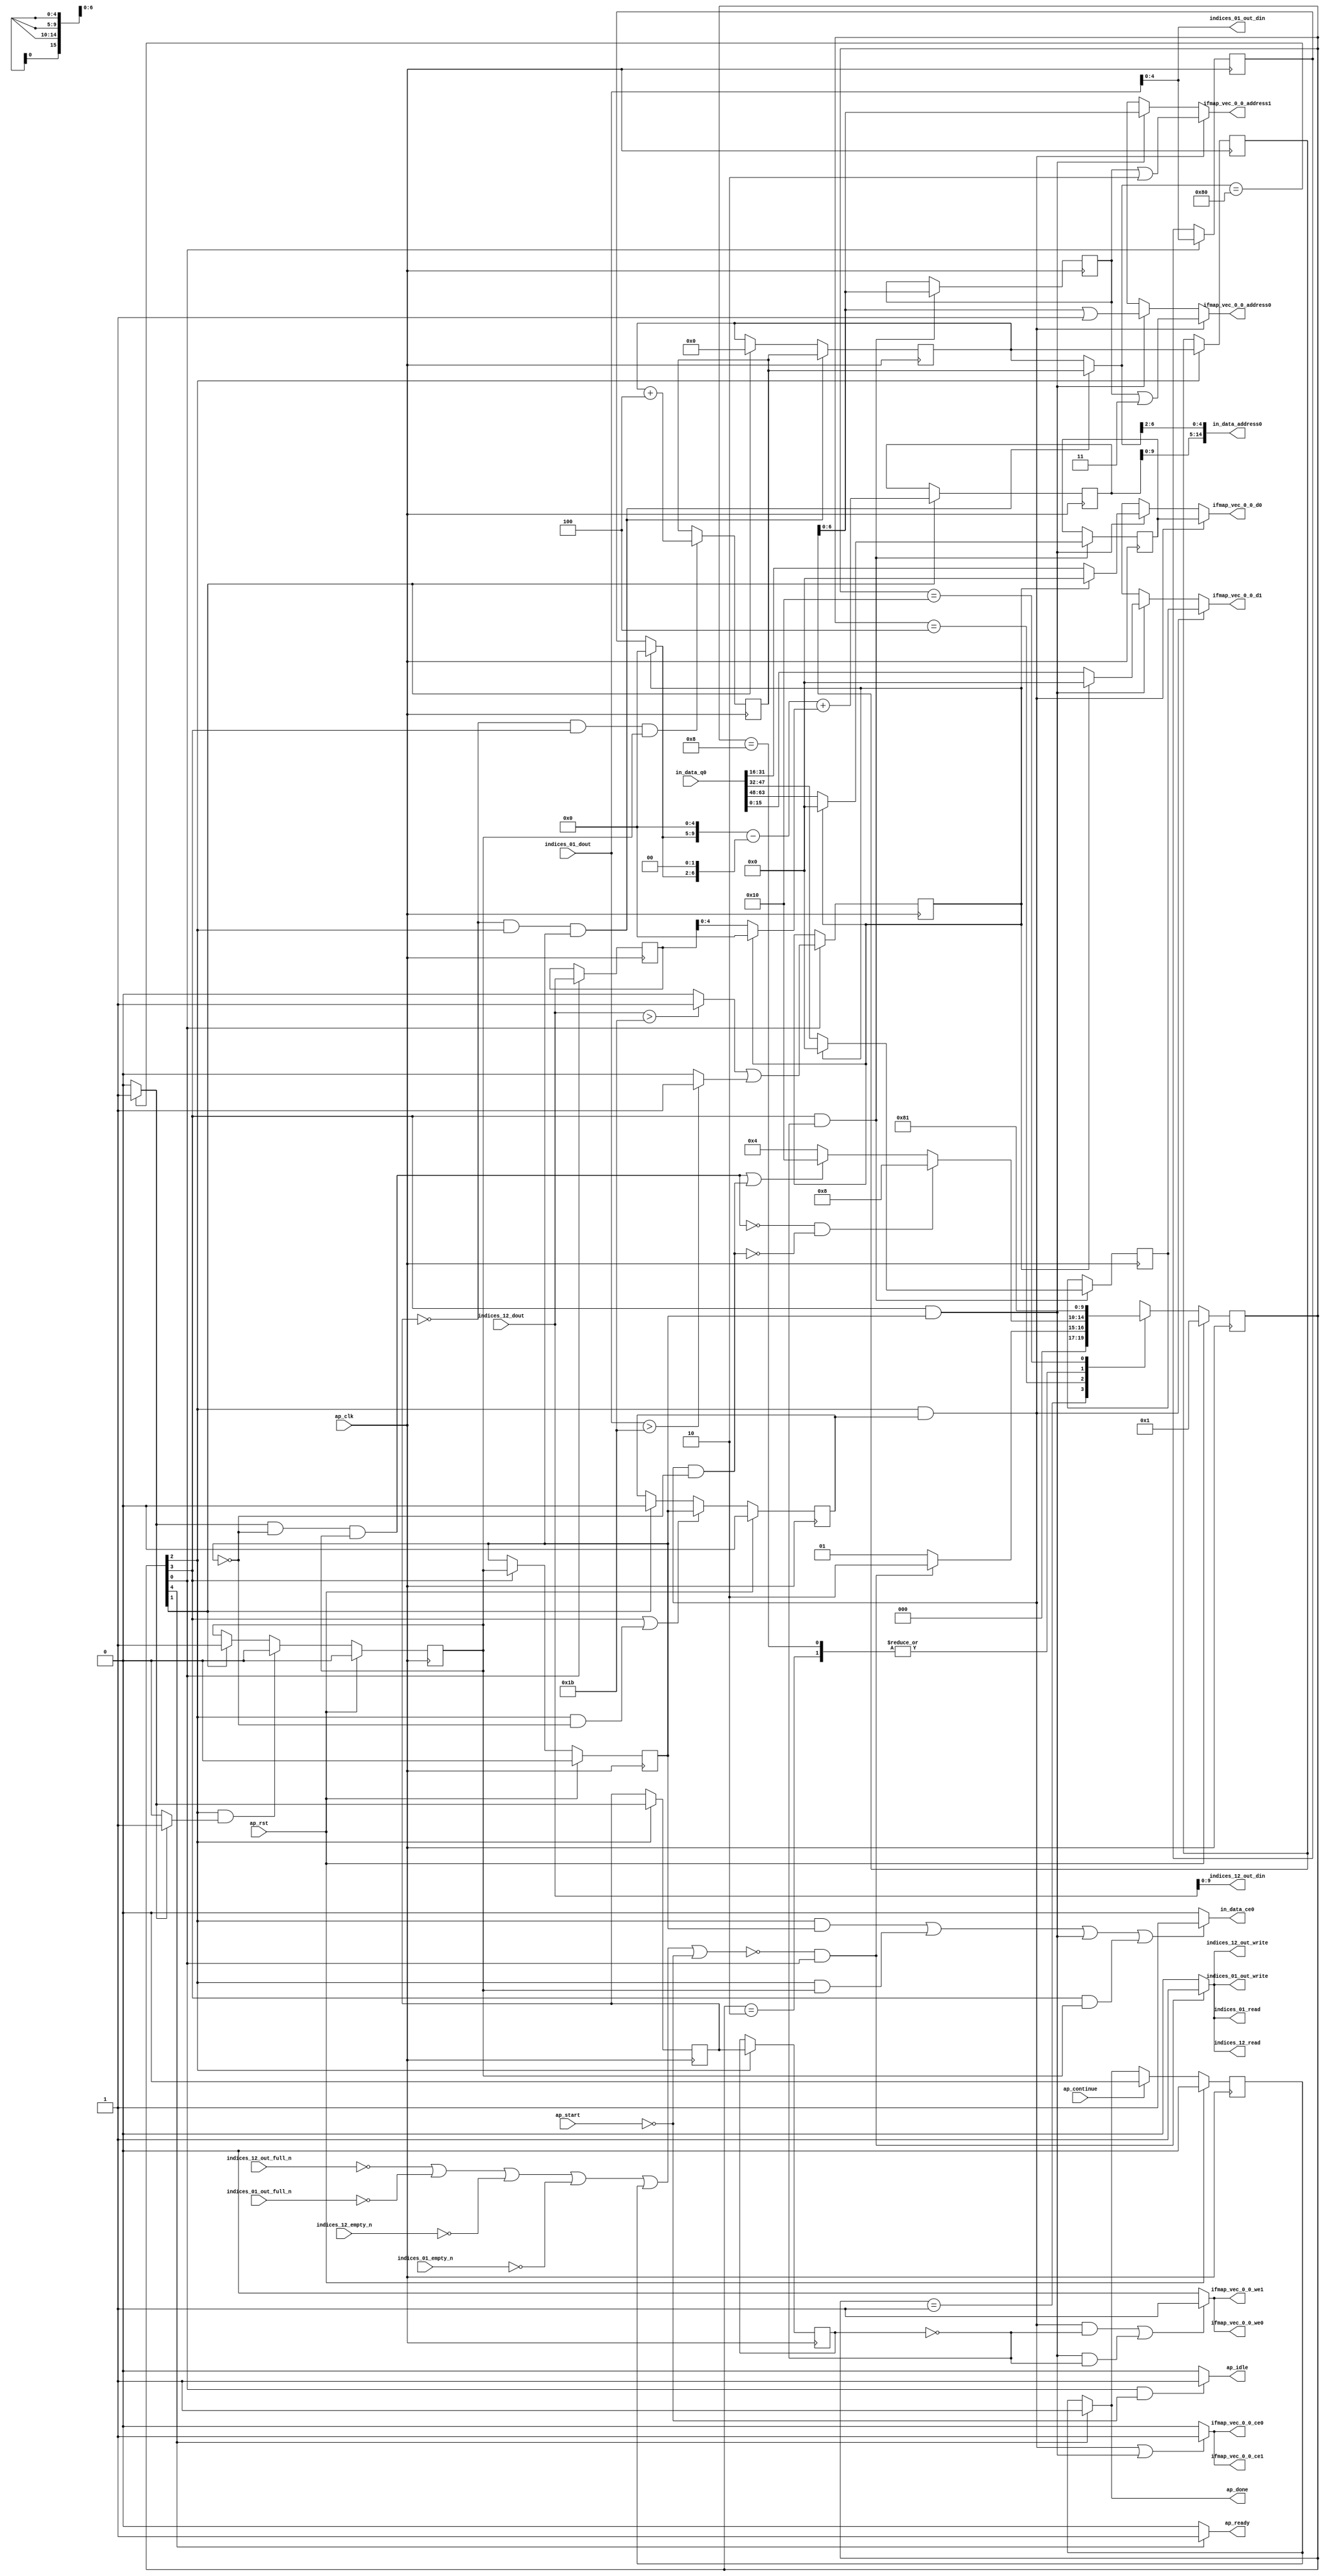
`define EXPONENT 5
`define MANTISSA 10
`define ACTUAL_MANTISSA 11
`define EXPONENT_LSB 10
`define EXPONENT_MSB 14
`define MANTISSA_LSB 0
`define MANTISSA_MSB 9
`define MANTISSA_MUL_SPLIT_LSB 3
`define MANTISSA_MUL_SPLIT_MSB 9
`define SIGN 1
`define SIGN_LOC 15
`define DWIDTH (`SIGN+`EXPONENT+`MANTISSA)
`define IEEE_COMPLIANCE 1

module td_fused_top_tdf6_readInputs (
        ap_clk,
        ap_rst,
        ap_start,
        ap_done,
        ap_continue,
        ap_idle,
        ap_ready,
        in_data_address0,
        in_data_ce0,
        in_data_q0,
        indices_01_dout,
        indices_01_empty_n,
        indices_01_read,
        indices_12_dout,
        indices_12_empty_n,
        indices_12_read,
        ifmap_vec_0_0_address0,
        ifmap_vec_0_0_ce0,
        ifmap_vec_0_0_we0,
        ifmap_vec_0_0_d0,
        ifmap_vec_0_0_address1,
        ifmap_vec_0_0_ce1,
        ifmap_vec_0_0_we1,
        ifmap_vec_0_0_d1,
        indices_01_out_din,
        indices_01_out_full_n,
        indices_01_out_write,
        indices_12_out_din,
        indices_12_out_full_n,
        indices_12_out_write
);

parameter    ap_ST_fsm_state1 = 5'd1;
parameter    ap_ST_fsm_state2 = 5'd2;
parameter    ap_ST_fsm_pp0_stage0 = 5'd4;
parameter    ap_ST_fsm_pp0_stage1 = 5'd8;
parameter    ap_ST_fsm_state8 = 5'd16;

input   ap_clk;
input   ap_rst;
input   ap_start;
output   ap_done;
input   ap_continue;
output   ap_idle;
output   ap_ready;
output  [14:0] in_data_address0;
output   in_data_ce0;
input  [63:0] in_data_q0;
input  [15:0] indices_01_dout;
input   indices_01_empty_n;
output   indices_01_read;
input  [15:0] indices_12_dout;
input   indices_12_empty_n;
output   indices_12_read;
output  [6:0] ifmap_vec_0_0_address0;
output   ifmap_vec_0_0_ce0;
output   ifmap_vec_0_0_we0;
output  [15:0] ifmap_vec_0_0_d0;
output  [6:0] ifmap_vec_0_0_address1;
output   ifmap_vec_0_0_ce1;
output   ifmap_vec_0_0_we1;
output  [15:0] ifmap_vec_0_0_d1;
output  [4:0] indices_01_out_din;
input   indices_01_out_full_n;
output   indices_01_out_write;
output  [9:0] indices_12_out_din;
input   indices_12_out_full_n;
output   indices_12_out_write;

reg ap_done;
reg ap_idle;
reg ap_ready;
reg in_data_ce0;
reg indices_01_read;
reg indices_12_read;
reg[6:0] ifmap_vec_0_0_address0;
reg ifmap_vec_0_0_ce0;
reg ifmap_vec_0_0_we0;
reg[15:0] ifmap_vec_0_0_d0;
reg[6:0] ifmap_vec_0_0_address1;
reg ifmap_vec_0_0_ce1;
reg ifmap_vec_0_0_we1;
reg[15:0] ifmap_vec_0_0_d1;
reg indices_01_out_write;
reg indices_12_out_write;

reg    ap_done_reg;
  reg   [4:0] ap_CS_fsm;
wire    ap_CS_fsm_state1;
reg    indices_01_blk_n;
reg    indices_12_blk_n;
reg    indices_01_out_blk_n;
reg    indices_12_out_blk_n;
reg   [7:0] kk_0_i_i_reg_180;
reg   [7:0] kk_0_i_i_reg_180_pp0_iter1_reg;
wire    ap_CS_fsm_pp0_stage0;
wire    ap_block_state3_pp0_stage0_iter0;
wire    ap_block_state5_pp0_stage0_iter1;
wire    ap_block_state7_pp0_stage0_iter2;
wire    ap_block_pp0_stage0_11001;
wire   [4:0] trunc_ln135_fu_192_p1;
reg   [4:0] trunc_ln135_reg_434;
reg   [15:0] col_coord_reg_439;
wire   [0:0] is_padding_fu_214_p2;
reg   [0:0] is_padding_reg_444;
wire   [11:0] add_ln32_fu_274_p2;
reg   [11:0] add_ln32_reg_454;
wire    ap_CS_fsm_state2;
wire   [0:0] icmp_ln25_fu_280_p2;
reg   [0:0] icmp_ln25_reg_459;
reg   [0:0] icmp_ln25_reg_459_pp0_iter1_reg;
wire   [7:0] add_ln25_fu_308_p2;
reg   [7:0] add_ln25_reg_468;
wire    ap_CS_fsm_pp0_stage1;
reg    ap_enable_reg_pp0_iter0;
wire    ap_block_state4_pp0_stage1_iter0;
wire    ap_block_state6_pp0_stage1_iter1;
wire    ap_block_pp0_stage1_11001;
wire   [6:0] empty_80_fu_314_p1;
reg   [6:0] empty_80_reg_473;
wire   [15:0] select_ln33_11_fu_386_p3;
reg   [15:0] select_ln33_11_reg_479;
wire   [15:0] select_ln33_12_fu_407_p3;
reg   [15:0] select_ln33_12_reg_484;
wire    ap_block_pp0_stage0_subdone;
reg    ap_condition_pp0_exit_iter0_state3;
reg    ap_enable_reg_pp0_iter1;
wire    ap_block_pp0_stage1_subdone;
reg    ap_enable_reg_pp0_iter2;
reg   [7:0] ap_phi_mux_kk_0_i_i_phi_fu_184_p4;
wire    ap_block_pp0_stage0;
wire   [63:0] sext_ln32_fu_303_p1;
wire   [63:0] zext_ln32_fu_318_p1;
wire    ap_block_pp0_stage1;
wire   [63:0] zext_ln32_10_fu_345_p1;
wire   [63:0] zext_ln32_11_fu_419_p1;
wire   [63:0] zext_ln32_12_fu_429_p1;
reg    ap_block_state1;
wire   [15:0] select_ln33_fu_331_p3;
wire   [15:0] select_ln33_10_fu_364_p3;
wire   [0:0] cmp7_i_i_fu_202_p2;
wire   [0:0] icmp_ln24_fu_208_p2;
wire   [4:0] empty_78_fu_220_p1;
wire   [4:0] row_coord_int_fu_223_p3;
wire   [9:0] tmp_fu_236_p3;
wire   [6:0] tmp_s_fu_248_p3;
wire   [10:0] zext_ln32_13_fu_244_p1;
wire   [10:0] zext_ln32_14_fu_256_p1;
wire   [10:0] sub_ln32_fu_260_p2;
wire   [4:0] col_coord_int_fu_229_p3;
wire   [11:0] sub_ln32_cast_fu_266_p1;
wire   [11:0] zext_ln32_15_fu_270_p1;
wire   [4:0] lshr_ln_fu_286_p4;
wire   [16:0] tmp_18_fu_296_p3;
wire   [15:0] trunc_ln32_fu_323_p1;
wire   [15:0] bitcast_ln32_fu_327_p1;
wire   [6:0] or_ln25_fu_339_p2;
wire   [15:0] tmp_31_i_i_fu_350_p4;
wire   [15:0] bitcast_ln32_10_fu_360_p1;
wire   [15:0] tmp_32_i_i_fu_372_p4;
wire   [15:0] bitcast_ln32_11_fu_382_p1;
wire   [15:0] tmp_33_i_i_fu_393_p4;
wire   [15:0] bitcast_ln32_12_fu_403_p1;
wire   [6:0] or_ln25_7_fu_414_p2;
wire   [6:0] or_ln25_8_fu_424_p2;
wire    ap_CS_fsm_state8;
reg   [4:0] ap_NS_fsm;
reg    ap_idle_pp0;
wire    ap_enable_pp0;
wire    ap_ce_reg;

// power-on initialization
initial begin
#0 ap_done_reg = 1'b0;
#0 ap_CS_fsm = 5'd1;
#0 ap_enable_reg_pp0_iter0 = 1'b0;
#0 ap_enable_reg_pp0_iter1 = 1'b0;
#0 ap_enable_reg_pp0_iter2 = 1'b0;
end

always @ (posedge ap_clk) begin
    if (ap_rst == 1'b1) begin
        ap_CS_fsm <= ap_ST_fsm_state1;
    end else begin
        ap_CS_fsm <= ap_NS_fsm;
    end
end

always @ (posedge ap_clk) begin
    if (ap_rst == 1'b1) begin
        ap_done_reg <= 1'b0;
    end else begin
        if ((ap_continue == 1'b1)) begin
            ap_done_reg <= 1'b0;
        end else if ((1'b1 == ap_CS_fsm_state8)) begin
            ap_done_reg <= 1'b1;
        end
    end
end

always @ (posedge ap_clk) begin
    if (ap_rst == 1'b1) begin
        ap_enable_reg_pp0_iter0 <= 1'b0;
    end else begin
        if (((1'b0 == ap_block_pp0_stage0_subdone) & (1'b1 == ap_CS_fsm_pp0_stage0) & (1'b1 == ap_condition_pp0_exit_iter0_state3))) begin
            ap_enable_reg_pp0_iter0 <= 1'b0;
        end else if ((1'b1 == ap_CS_fsm_state2)) begin
            ap_enable_reg_pp0_iter0 <= 1'b1;
        end
    end
end

always @ (posedge ap_clk) begin
    if (ap_rst == 1'b1) begin
        ap_enable_reg_pp0_iter1 <= 1'b0;
    end else begin
        if (((1'b0 == ap_block_pp0_stage1_subdone) & (1'b1 == ap_CS_fsm_pp0_stage1))) begin
            ap_enable_reg_pp0_iter1 <= ap_enable_reg_pp0_iter0;
        end
    end
end

always @ (posedge ap_clk) begin
    if (ap_rst == 1'b1) begin
        ap_enable_reg_pp0_iter2 <= 1'b0;
    end else begin
        if ((((1'b0 == ap_block_pp0_stage1_subdone) & (1'b1 == ap_CS_fsm_pp0_stage1)) | ((1'b0 == ap_block_pp0_stage0_subdone) & (1'b1 == ap_CS_fsm_pp0_stage0) & (ap_enable_reg_pp0_iter1 == 1'b0)))) begin
            ap_enable_reg_pp0_iter2 <= ap_enable_reg_pp0_iter1;
        end else if ((1'b1 == ap_CS_fsm_state2)) begin
            ap_enable_reg_pp0_iter2 <= 1'b0;
        end
    end
end

always @ (posedge ap_clk) begin
    if (((icmp_ln25_reg_459 == 1'd0) & (1'b0 == ap_block_pp0_stage0_11001) & (1'b1 == ap_CS_fsm_pp0_stage0) & (ap_enable_reg_pp0_iter1 == 1'b1))) begin
        kk_0_i_i_reg_180 <= add_ln25_reg_468;
    end else if ((1'b1 == ap_CS_fsm_state2)) begin
        kk_0_i_i_reg_180 <= 8'd0;
    end
end

always @ (posedge ap_clk) begin
    if (((icmp_ln25_reg_459 == 1'd0) & (1'b0 == ap_block_pp0_stage1_11001) & (1'b1 == ap_CS_fsm_pp0_stage1) & (ap_enable_reg_pp0_iter0 == 1'b1))) begin
        add_ln25_reg_468 <= add_ln25_fu_308_p2;
    end
end

always @ (posedge ap_clk) begin
    if ((1'b1 == ap_CS_fsm_state2)) begin
        add_ln32_reg_454 <= add_ln32_fu_274_p2;
    end
end

always @ (posedge ap_clk) begin
    if ((1'b1 == ap_CS_fsm_state1)) begin
        col_coord_reg_439 <= indices_12_dout;
        is_padding_reg_444 <= is_padding_fu_214_p2;
        trunc_ln135_reg_434 <= trunc_ln135_fu_192_p1;
    end
end

always @ (posedge ap_clk) begin
    if (((1'b0 == ap_block_pp0_stage1_11001) & (1'b1 == ap_CS_fsm_pp0_stage1) & (icmp_ln25_reg_459_pp0_iter1_reg == 1'd0))) begin
        empty_80_reg_473 <= empty_80_fu_314_p1;
        select_ln33_11_reg_479 <= select_ln33_11_fu_386_p3;
        select_ln33_12_reg_484 <= select_ln33_12_fu_407_p3;
    end
end

always @ (posedge ap_clk) begin
    if (((1'b0 == ap_block_pp0_stage0_11001) & (1'b1 == ap_CS_fsm_pp0_stage0))) begin
        icmp_ln25_reg_459 <= icmp_ln25_fu_280_p2;
        icmp_ln25_reg_459_pp0_iter1_reg <= icmp_ln25_reg_459;
        kk_0_i_i_reg_180_pp0_iter1_reg <= kk_0_i_i_reg_180;
    end
end

always @ (*) begin
    if ((icmp_ln25_fu_280_p2 == 1'd1)) begin
        ap_condition_pp0_exit_iter0_state3 = 1'b1;
    end else begin
        ap_condition_pp0_exit_iter0_state3 = 1'b0;
    end
end

always @ (*) begin
    if ((1'b1 == ap_CS_fsm_state8)) begin
        ap_done = 1'b1;
    end else begin
        ap_done = ap_done_reg;
    end
end

always @ (*) begin
    if (((1'b1 == ap_CS_fsm_state1) & (ap_start == 1'b0))) begin
        ap_idle = 1'b1;
    end else begin
        ap_idle = 1'b0;
    end
end

always @ (*) begin
    if (((ap_enable_reg_pp0_iter2 == 1'b0) & (ap_enable_reg_pp0_iter1 == 1'b0) & (ap_enable_reg_pp0_iter0 == 1'b0))) begin
        ap_idle_pp0 = 1'b1;
    end else begin
        ap_idle_pp0 = 1'b0;
    end
end

always @ (*) begin
    if (((icmp_ln25_reg_459 == 1'd0) & (1'b0 == ap_block_pp0_stage0) & (1'b1 == ap_CS_fsm_pp0_stage0) & (ap_enable_reg_pp0_iter1 == 1'b1))) begin
        ap_phi_mux_kk_0_i_i_phi_fu_184_p4 = add_ln25_reg_468;
    end else begin
        ap_phi_mux_kk_0_i_i_phi_fu_184_p4 = kk_0_i_i_reg_180;
    end
end

always @ (*) begin
    if ((1'b1 == ap_CS_fsm_state8)) begin
        ap_ready = 1'b1;
    end else begin
        ap_ready = 1'b0;
    end
end

always @ (*) begin
    if (((1'b0 == ap_block_pp0_stage0) & (1'b1 == ap_CS_fsm_pp0_stage0) & (ap_enable_reg_pp0_iter2 == 1'b1))) begin
        ifmap_vec_0_0_address0 = zext_ln32_12_fu_429_p1;
    end else if (((1'b0 == ap_block_pp0_stage1) & (1'b1 == ap_CS_fsm_pp0_stage1) & (ap_enable_reg_pp0_iter1 == 1'b1))) begin
        ifmap_vec_0_0_address0 = zext_ln32_10_fu_345_p1;
    end else begin
        ifmap_vec_0_0_address0 = 'bx;
    end
end

always @ (*) begin
    if (((1'b0 == ap_block_pp0_stage0) & (1'b1 == ap_CS_fsm_pp0_stage0) & (ap_enable_reg_pp0_iter2 == 1'b1))) begin
        ifmap_vec_0_0_address1 = zext_ln32_11_fu_419_p1;
    end else if (((1'b0 == ap_block_pp0_stage1) & (1'b1 == ap_CS_fsm_pp0_stage1) & (ap_enable_reg_pp0_iter1 == 1'b1))) begin
        ifmap_vec_0_0_address1 = zext_ln32_fu_318_p1;
    end else begin
        ifmap_vec_0_0_address1 = 'bx;
    end
end

always @ (*) begin
    if ((((1'b0 == ap_block_pp0_stage0_11001) & (1'b1 == ap_CS_fsm_pp0_stage0) & (ap_enable_reg_pp0_iter2 == 1'b1)) | ((1'b0 == ap_block_pp0_stage1_11001) & (1'b1 == ap_CS_fsm_pp0_stage1) & (ap_enable_reg_pp0_iter1 == 1'b1)))) begin
        ifmap_vec_0_0_ce0 = 1'b1;
    end else begin
        ifmap_vec_0_0_ce0 = 1'b0;
    end
end

always @ (*) begin
    if ((((1'b0 == ap_block_pp0_stage0_11001) & (1'b1 == ap_CS_fsm_pp0_stage0) & (ap_enable_reg_pp0_iter2 == 1'b1)) | ((1'b0 == ap_block_pp0_stage1_11001) & (1'b1 == ap_CS_fsm_pp0_stage1) & (ap_enable_reg_pp0_iter1 == 1'b1)))) begin
        ifmap_vec_0_0_ce1 = 1'b1;
    end else begin
        ifmap_vec_0_0_ce1 = 1'b0;
    end
end

always @ (*) begin
    if (((1'b0 == ap_block_pp0_stage0) & (1'b1 == ap_CS_fsm_pp0_stage0) & (ap_enable_reg_pp0_iter2 == 1'b1))) begin
        ifmap_vec_0_0_d0 = select_ln33_12_reg_484;
    end else if (((1'b0 == ap_block_pp0_stage1) & (1'b1 == ap_CS_fsm_pp0_stage1) & (ap_enable_reg_pp0_iter1 == 1'b1))) begin
        ifmap_vec_0_0_d0 = select_ln33_10_fu_364_p3;
    end else begin
        ifmap_vec_0_0_d0 = 'bx;
    end
end

always @ (*) begin
    if (((1'b0 == ap_block_pp0_stage0) & (1'b1 == ap_CS_fsm_pp0_stage0) & (ap_enable_reg_pp0_iter2 == 1'b1))) begin
        ifmap_vec_0_0_d1 = select_ln33_11_reg_479;
    end else if (((1'b0 == ap_block_pp0_stage1) & (1'b1 == ap_CS_fsm_pp0_stage1) & (ap_enable_reg_pp0_iter1 == 1'b1))) begin
        ifmap_vec_0_0_d1 = select_ln33_fu_331_p3;
    end else begin
        ifmap_vec_0_0_d1 = 'bx;
    end
end

always @ (*) begin
    if ((((1'b0 == ap_block_pp0_stage0_11001) & (1'b1 == ap_CS_fsm_pp0_stage0) & (ap_enable_reg_pp0_iter2 == 1'b1) & (icmp_ln25_reg_459_pp0_iter1_reg == 1'd0)) | ((1'b0 == ap_block_pp0_stage1_11001) & (1'b1 == ap_CS_fsm_pp0_stage1) & (ap_enable_reg_pp0_iter1 == 1'b1) & (icmp_ln25_reg_459_pp0_iter1_reg == 1'd0)))) begin
        ifmap_vec_0_0_we0 = 1'b1;
    end else begin
        ifmap_vec_0_0_we0 = 1'b0;
    end
end

always @ (*) begin
    if ((((1'b0 == ap_block_pp0_stage0_11001) & (1'b1 == ap_CS_fsm_pp0_stage0) & (ap_enable_reg_pp0_iter2 == 1'b1) & (icmp_ln25_reg_459_pp0_iter1_reg == 1'd0)) | ((1'b0 == ap_block_pp0_stage1_11001) & (1'b1 == ap_CS_fsm_pp0_stage1) & (ap_enable_reg_pp0_iter1 == 1'b1) & (icmp_ln25_reg_459_pp0_iter1_reg == 1'd0)))) begin
        ifmap_vec_0_0_we1 = 1'b1;
    end else begin
        ifmap_vec_0_0_we1 = 1'b0;
    end
end

always @ (*) begin
    if ((((1'b0 == ap_block_pp0_stage0_11001) & (1'b1 == ap_CS_fsm_pp0_stage0) & (ap_enable_reg_pp0_iter1 == 1'b1)) | ((1'b0 == ap_block_pp0_stage0_11001) & (1'b1 == ap_CS_fsm_pp0_stage0) & (ap_enable_reg_pp0_iter0 == 1'b1)) | ((1'b0 == ap_block_pp0_stage1_11001) & (1'b1 == ap_CS_fsm_pp0_stage1) & (ap_enable_reg_pp0_iter1 == 1'b1)) | ((1'b0 == ap_block_pp0_stage1_11001) & (1'b1 == ap_CS_fsm_pp0_stage1) & (ap_enable_reg_pp0_iter0 == 1'b1)))) begin
        in_data_ce0 = 1'b1;
    end else begin
        in_data_ce0 = 1'b0;
    end
end

always @ (*) begin
    if ((~((ap_done_reg == 1'b1) | (ap_start == 1'b0)) & (1'b1 == ap_CS_fsm_state1))) begin
        indices_01_blk_n = indices_01_empty_n;
    end else begin
        indices_01_blk_n = 1'b1;
    end
end

always @ (*) begin
    if ((~((ap_done_reg == 1'b1) | (ap_start == 1'b0)) & (1'b1 == ap_CS_fsm_state1))) begin
        indices_01_out_blk_n = indices_01_out_full_n;
    end else begin
        indices_01_out_blk_n = 1'b1;
    end
end

always @ (*) begin
    if ((~((indices_12_out_full_n == 1'b0) | (indices_01_out_full_n == 1'b0) | (indices_12_empty_n == 1'b0) | (indices_01_empty_n == 1'b0) | (ap_done_reg == 1'b1) | (ap_start == 1'b0)) & (1'b1 == ap_CS_fsm_state1))) begin
        indices_01_out_write = 1'b1;
    end else begin
        indices_01_out_write = 1'b0;
    end
end

always @ (*) begin
    if ((~((indices_12_out_full_n == 1'b0) | (indices_01_out_full_n == 1'b0) | (indices_12_empty_n == 1'b0) | (indices_01_empty_n == 1'b0) | (ap_done_reg == 1'b1) | (ap_start == 1'b0)) & (1'b1 == ap_CS_fsm_state1))) begin
        indices_01_read = 1'b1;
    end else begin
        indices_01_read = 1'b0;
    end
end

always @ (*) begin
    if ((~((ap_done_reg == 1'b1) | (ap_start == 1'b0)) & (1'b1 == ap_CS_fsm_state1))) begin
        indices_12_blk_n = indices_12_empty_n;
    end else begin
        indices_12_blk_n = 1'b1;
    end
end

always @ (*) begin
    if ((~((ap_done_reg == 1'b1) | (ap_start == 1'b0)) & (1'b1 == ap_CS_fsm_state1))) begin
        indices_12_out_blk_n = indices_12_out_full_n;
    end else begin
        indices_12_out_blk_n = 1'b1;
    end
end

always @ (*) begin
    if ((~((indices_12_out_full_n == 1'b0) | (indices_01_out_full_n == 1'b0) | (indices_12_empty_n == 1'b0) | (indices_01_empty_n == 1'b0) | (ap_done_reg == 1'b1) | (ap_start == 1'b0)) & (1'b1 == ap_CS_fsm_state1))) begin
        indices_12_out_write = 1'b1;
    end else begin
        indices_12_out_write = 1'b0;
    end
end

always @ (*) begin
    if ((~((indices_12_out_full_n == 1'b0) | (indices_01_out_full_n == 1'b0) | (indices_12_empty_n == 1'b0) | (indices_01_empty_n == 1'b0) | (ap_done_reg == 1'b1) | (ap_start == 1'b0)) & (1'b1 == ap_CS_fsm_state1))) begin
        indices_12_read = 1'b1;
    end else begin
        indices_12_read = 1'b0;
    end
end

always @ (*) begin
    case (ap_CS_fsm)
        ap_ST_fsm_state1 : begin
            if ((~((indices_12_out_full_n == 1'b0) | (indices_01_out_full_n == 1'b0) | (indices_12_empty_n == 1'b0) | (indices_01_empty_n == 1'b0) | (ap_done_reg == 1'b1) | (ap_start == 1'b0)) & (1'b1 == ap_CS_fsm_state1))) begin
                ap_NS_fsm = ap_ST_fsm_state2;
            end else begin
                ap_NS_fsm = ap_ST_fsm_state1;
            end
        end
        ap_ST_fsm_state2 : begin
            ap_NS_fsm = ap_ST_fsm_pp0_stage0;
        end
        ap_ST_fsm_pp0_stage0 : begin
            if ((~((icmp_ln25_fu_280_p2 == 1'd1) & (1'b0 == ap_block_pp0_stage0_subdone) & (ap_enable_reg_pp0_iter1 == 1'b0) & (ap_enable_reg_pp0_iter0 == 1'b1)) & ~((1'b0 == ap_block_pp0_stage0_subdone) & (1'b1 == ap_CS_fsm_pp0_stage0) & (ap_enable_reg_pp0_iter2 == 1'b1) & (ap_enable_reg_pp0_iter1 == 1'b0)) & (1'b0 == ap_block_pp0_stage0_subdone))) begin
                ap_NS_fsm = ap_ST_fsm_pp0_stage1;
            end else if ((((icmp_ln25_fu_280_p2 == 1'd1) & (1'b0 == ap_block_pp0_stage0_subdone) & (ap_enable_reg_pp0_iter1 == 1'b0) & (ap_enable_reg_pp0_iter0 == 1'b1)) | ((1'b0 == ap_block_pp0_stage0_subdone) & (1'b1 == ap_CS_fsm_pp0_stage0) & (ap_enable_reg_pp0_iter2 == 1'b1) & (ap_enable_reg_pp0_iter1 == 1'b0)))) begin
                ap_NS_fsm = ap_ST_fsm_state8;
            end else begin
                ap_NS_fsm = ap_ST_fsm_pp0_stage0;
            end
        end
        ap_ST_fsm_pp0_stage1 : begin
            if ((1'b0 == ap_block_pp0_stage1_subdone)) begin
                ap_NS_fsm = ap_ST_fsm_pp0_stage0;
            end else begin
                ap_NS_fsm = ap_ST_fsm_pp0_stage1;
            end
        end
        ap_ST_fsm_state8 : begin
            ap_NS_fsm = ap_ST_fsm_state1;
        end
        default : begin
            ap_NS_fsm = 'bx;
        end
    endcase
end

assign add_ln25_fu_308_p2 = (kk_0_i_i_reg_180 + 8'd4);

assign add_ln32_fu_274_p2 = ((sub_ln32_cast_fu_266_p1) + (zext_ln32_15_fu_270_p1));

assign ap_CS_fsm_pp0_stage0 = ap_CS_fsm[32'd2];

assign ap_CS_fsm_pp0_stage1 = ap_CS_fsm[32'd3];

assign ap_CS_fsm_state1 = ap_CS_fsm[32'd0];

assign ap_CS_fsm_state2 = ap_CS_fsm[32'd1];

assign ap_CS_fsm_state8 = ap_CS_fsm[32'd4];

assign ap_block_pp0_stage0 = ~(1'b1 == 1'b1);

assign ap_block_pp0_stage0_11001 = ~(1'b1 == 1'b1);

assign ap_block_pp0_stage0_subdone = ~(1'b1 == 1'b1);

assign ap_block_pp0_stage1 = ~(1'b1 == 1'b1);

assign ap_block_pp0_stage1_11001 = ~(1'b1 == 1'b1);

assign ap_block_pp0_stage1_subdone = ~(1'b1 == 1'b1);

always @ (*) begin
    ap_block_state1 = ((indices_12_out_full_n == 1'b0) | (indices_01_out_full_n == 1'b0) | (indices_12_empty_n == 1'b0) | (indices_01_empty_n == 1'b0) | (ap_done_reg == 1'b1) | (ap_start == 1'b0));
end

assign ap_block_state3_pp0_stage0_iter0 = ~(1'b1 == 1'b1);

assign ap_block_state4_pp0_stage1_iter0 = ~(1'b1 == 1'b1);

assign ap_block_state5_pp0_stage0_iter1 = ~(1'b1 == 1'b1);

assign ap_block_state6_pp0_stage1_iter1 = ~(1'b1 == 1'b1);

assign ap_block_state7_pp0_stage0_iter2 = ~(1'b1 == 1'b1);

assign ap_enable_pp0 = (ap_idle_pp0 ^ 1'b1);

assign bitcast_ln32_10_fu_360_p1 = tmp_31_i_i_fu_350_p4;

assign bitcast_ln32_11_fu_382_p1 = tmp_32_i_i_fu_372_p4;

assign bitcast_ln32_12_fu_403_p1 = tmp_33_i_i_fu_393_p4;

assign bitcast_ln32_fu_327_p1 = trunc_ln32_fu_323_p1;

assign cmp7_i_i_fu_202_p2 = ((indices_01_dout > 16'd27) ? 1'b1 : 1'b0);

assign col_coord_int_fu_229_p3 = ((is_padding_reg_444[0:0] == 1'b1) ? 5'd0 : empty_78_fu_220_p1);

assign empty_78_fu_220_p1 = col_coord_reg_439[4:0];

assign empty_80_fu_314_p1 = kk_0_i_i_reg_180_pp0_iter1_reg[6:0];

assign icmp_ln24_fu_208_p2 = ((indices_12_dout > 16'd27) ? 1'b1 : 1'b0);

assign icmp_ln25_fu_280_p2 = ((ap_phi_mux_kk_0_i_i_phi_fu_184_p4 == 8'd128) ? 1'b1 : 1'b0);

assign in_data_address0 = sext_ln32_fu_303_p1;

assign indices_01_out_din = indices_01_dout[4:0];

assign indices_12_out_din = indices_12_dout[9:0];

assign is_padding_fu_214_p2 = (icmp_ln24_fu_208_p2 | cmp7_i_i_fu_202_p2);

assign lshr_ln_fu_286_p4 = {{ap_phi_mux_kk_0_i_i_phi_fu_184_p4[6:2]}};

assign or_ln25_7_fu_414_p2 = (empty_80_reg_473 | 7'd2);

assign or_ln25_8_fu_424_p2 = (empty_80_reg_473 | 7'd3);

assign or_ln25_fu_339_p2 = (empty_80_fu_314_p1 | 7'd1);

assign row_coord_int_fu_223_p3 = ((is_padding_reg_444[0:0] == 1'b1) ? 5'd0 : trunc_ln135_reg_434);

assign select_ln33_10_fu_364_p3 = ((is_padding_reg_444[0:0] == 1'b1) ? 16'd0 : bitcast_ln32_10_fu_360_p1);

assign select_ln33_11_fu_386_p3 = ((is_padding_reg_444[0:0] == 1'b1) ? 16'd0 : bitcast_ln32_11_fu_382_p1);

assign select_ln33_12_fu_407_p3 = ((is_padding_reg_444[0:0] == 1'b1) ? 16'd0 : bitcast_ln32_12_fu_403_p1);

assign select_ln33_fu_331_p3 = ((is_padding_reg_444[0:0] == 1'b1) ? 16'd0 : bitcast_ln32_fu_327_p1);

assign sext_ln32_fu_303_p1 = (tmp_18_fu_296_p3);

assign sub_ln32_cast_fu_266_p1 = (sub_ln32_fu_260_p2);

assign sub_ln32_fu_260_p2 = (zext_ln32_13_fu_244_p1 - zext_ln32_14_fu_256_p1);

assign tmp_18_fu_296_p3 = {{add_ln32_reg_454}, {lshr_ln_fu_286_p4}};

assign tmp_31_i_i_fu_350_p4 = {{in_data_q0[31:16]}};

assign tmp_32_i_i_fu_372_p4 = {{in_data_q0[47:32]}};

assign tmp_33_i_i_fu_393_p4 = {{in_data_q0[63:48]}};

assign tmp_fu_236_p3 = {{row_coord_int_fu_223_p3}, {5'd0}};

assign tmp_s_fu_248_p3 = {{row_coord_int_fu_223_p3}, {2'd0}};

assign trunc_ln135_fu_192_p1 = indices_01_dout[4:0];

assign trunc_ln32_fu_323_p1 = in_data_q0[15:0];

assign zext_ln32_10_fu_345_p1 = or_ln25_fu_339_p2;

assign zext_ln32_11_fu_419_p1 = or_ln25_7_fu_414_p2;

assign zext_ln32_12_fu_429_p1 = or_ln25_8_fu_424_p2;

assign zext_ln32_13_fu_244_p1 = tmp_fu_236_p3;

assign zext_ln32_14_fu_256_p1 = tmp_s_fu_248_p3;

assign zext_ln32_15_fu_270_p1 = col_coord_int_fu_229_p3;

assign zext_ln32_fu_318_p1 = kk_0_i_i_reg_180_pp0_iter1_reg;

endmodule //td_fused_top_tdf6_readInputs